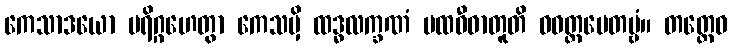
ကေသာဒယော ပရိဂ္ဂဟေတွာ ကေသမှိ ထဒ္ဓလက္ခဏံ ပထဝီဓာတူတိ ဝဝတ္ထပေတဗ္ဗံ။ တတ္ထေဝ